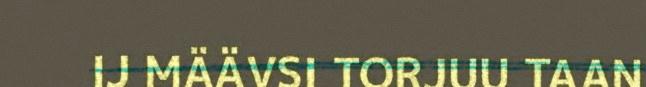
IJ MÄÄVSI TORJUU TAAN